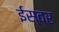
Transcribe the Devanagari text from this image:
ईस्वर